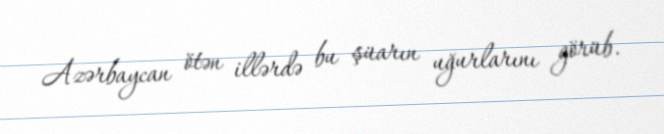
Azərbaycan ötən illərdə bu şüarın uğurlarını görüb.